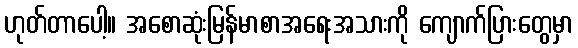
ဟုတ်တာပေါ့။ အစောဆုံးမြန်မာစာအရေးအသားကို ကျောက်ပြားတွေမှာ